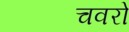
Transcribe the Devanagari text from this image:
चवरो